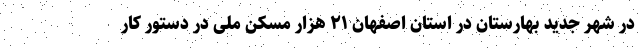
در شهر جدید بهارستان در استان اصفهان ۲۱ هزار مسکن ملی در دستور کار